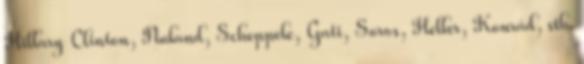
Hillary Clinton, Nuland, Scheppele, Gati, Soros, Heller, Konrád, stb.